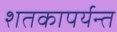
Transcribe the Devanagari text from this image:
शतकापर्यन्त